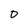
Character: 0